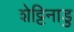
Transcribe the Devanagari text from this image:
शेट्टिनाडु